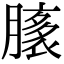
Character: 𦠸